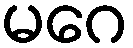
မဂေ